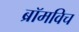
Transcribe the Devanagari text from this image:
ब्रॉमविच